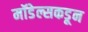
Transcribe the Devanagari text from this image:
मॉडेल्सकडून